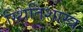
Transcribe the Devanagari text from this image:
स्थितिशास्त्र